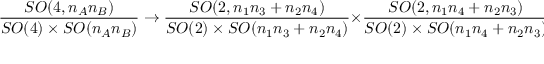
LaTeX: \frac { S O ( 4 , n _ { A } n _ { B } ) } { S O ( 4 ) \times S O ( n _ { A } n _ { B } ) } \to \frac { S O ( 2 , n _ { 1 } n _ { 3 } + n _ { 2 } n _ { 4 } ) } { S O ( 2 ) \times S O ( n _ { 1 } n _ { 3 } + n _ { 2 } n _ { 4 } ) } \times \frac { S O ( 2 , n _ { 1 } n _ { 4 } + n _ { 2 } n _ { 3 } ) } { S O ( 2 ) \times S O ( n _ { 1 } n _ { 4 } + n _ { 2 } n _ { 3 } ) } .